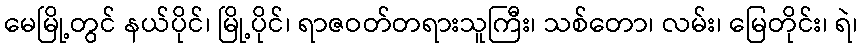
မေမြို့တွင် နယ်ပိုင်၊ မြို့ပိုင်၊ ရာဇဝတ်တရားသူကြီး၊ သစ်တော၊ လမ်း၊ မြေတိုင်း၊ ရဲ၊